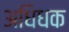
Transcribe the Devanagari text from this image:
अधिधक